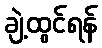
ချဲ့ထွင်ရန်